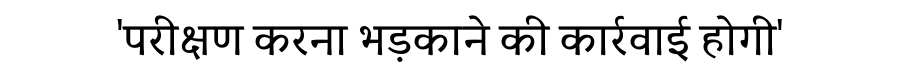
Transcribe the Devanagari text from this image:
'परीक्षण करना भड़काने की कार्रवाई होगी'